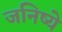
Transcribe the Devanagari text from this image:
जनिष्ये